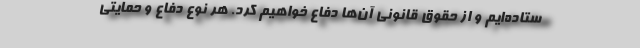
ستاده‌ایم و از حقوق قانونی آن‌ها دفاع خواهیم کرد. هر نوع دفاع و حمایتی